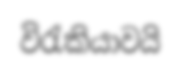
විරැකියාවයි